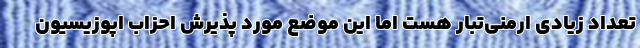
تعداد زیادی ارمنی‌تبار هست اما این موضع مورد پذیرش احزاب اپوزیسیون